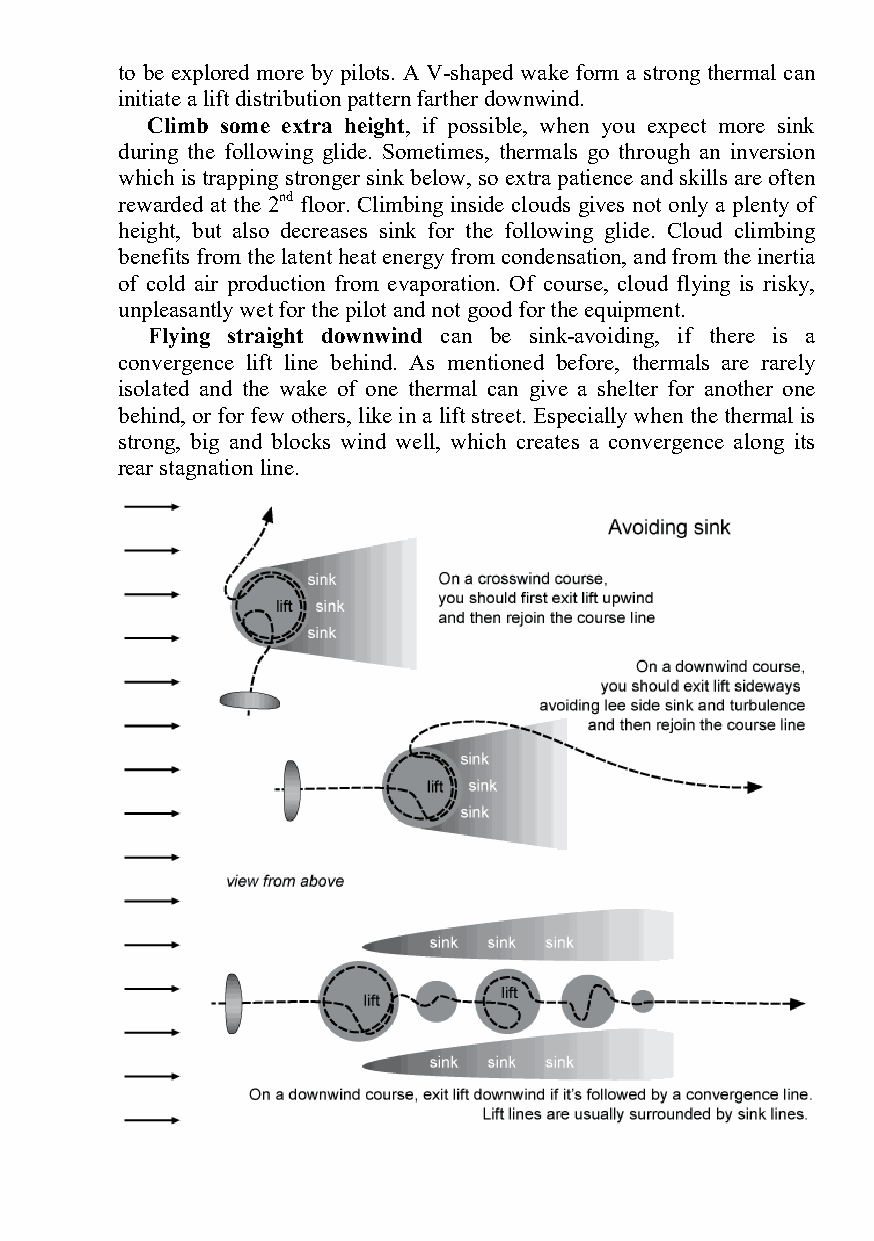
to be explored more by pilots. A V-shaped wake form a strong thermal can
 initiate a lift distribution pattern farther downwind.
 Climb some extra height, if possible, when you expect more sink
 during the following glide. Sometimes, thermals go through an inversion
 which is trapping stronger sink below, so extra patience and skills are often
 rewarded at the 2nd floor. Climbing inside clouds gives not only a plenty of
 height, but also decreases sink for the following glide. Cloud climbing
 benefits from the latent heat energy from condensation, and from the inertia
 of cold air production from evaporation. Of course, cloud flying is risky,
 unpleasantly wet for the pilot and not good for the equipment.
 Flying straight downwind can be sink-avoiding, if there is a
 convergence lift line behind. As mentioned before, thermals are rarely
 isolated and the wake of one thermal can give a shelter for another one
 behind, or for few others, like in a lift street. Especially when the thermal is
 strong, big and blocks wind well, which creates a convergence along its
 rear stagnation line.